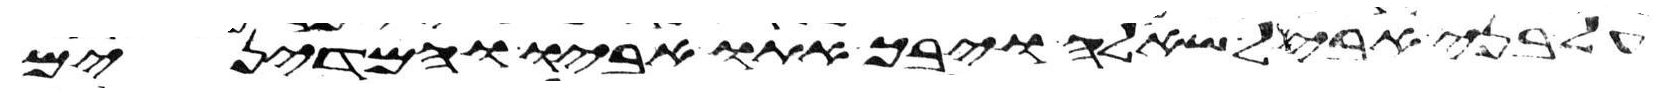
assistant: על בני אבל שאלה ויבך אתו אביו והמדינים